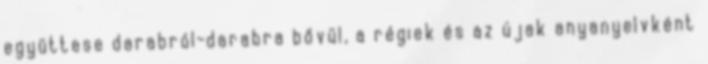
együttese darabról-darabra bővül, a régiek és az újak anyanyelvként